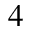
4